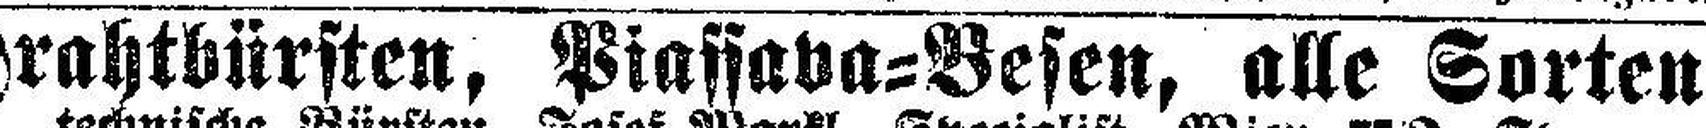
Drahtbürsten, Piassava=Besen, alle Sorten